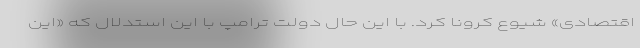
اقتصادی» شیوع کرونا کرد. با این حال دولت ترامپ با این استدلال که «این